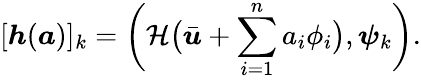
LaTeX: [\boldsymbol{h}(\boldsymbol{a})]_{k}=\bigg(\mathcal{H}\big(\bar{\boldsymbol{u}}+\sum_{i=1}^{n}a_{i}\phi_{i}\big),\boldsymbol{\psi}_{k}\bigg).